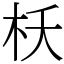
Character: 枖